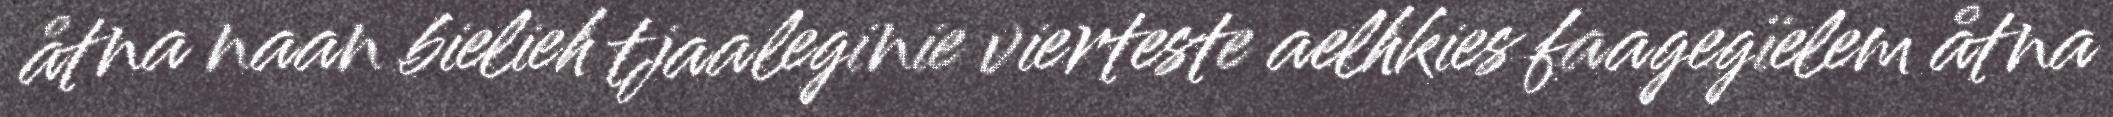
åtna naan bielieh tjaaleginie vierteste aelhkies faagegïelem åtna